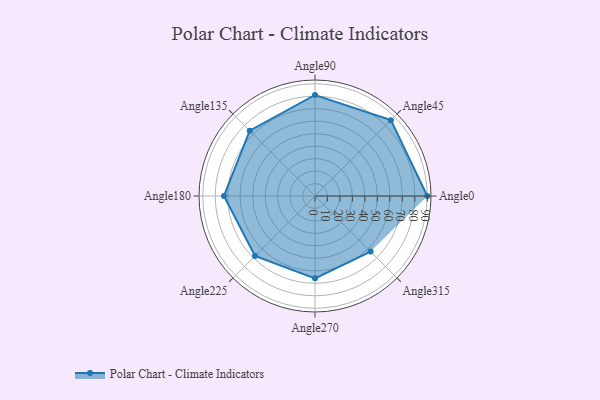
{"axis": {"x": "Angle", "y": "Radius"}, "legend": [""], "data": [{"x": "Angle0", "y": 90.0, "type": ""}, {"x": "Angle45", "y": 86.0, "type": ""}, {"x": "Angle90", "y": 81.0, "type": ""}, {"x": "Angle135", "y": 74.0, "type": ""}, {"x": "Angle180", "y": 73.0, "type": ""}, {"x": "Angle225", "y": 68.0, "type": ""}, {"x": "Angle270", "y": 66.0, "type": ""}, {"x": "Angle315", "y": 63.0, "type": ""}]}